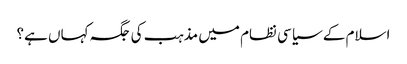
اسلام کے سیاسی نظام میں مذہب کی جگہ کہاں ہے؟